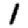
Digit: 1